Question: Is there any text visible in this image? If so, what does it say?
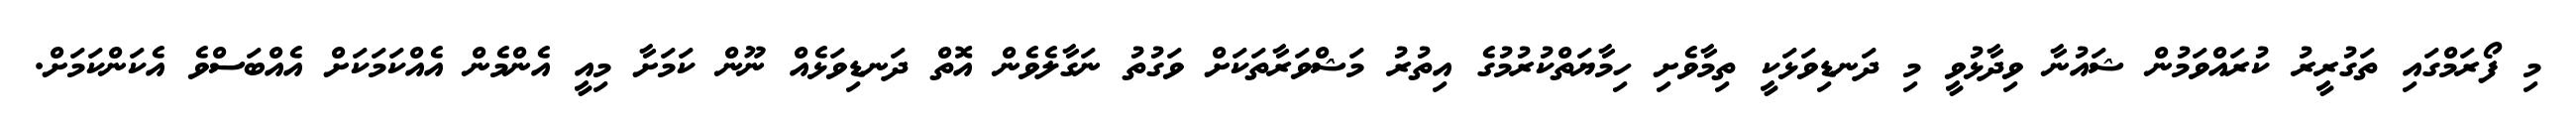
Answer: މި ފޯރަމްގައި ތަގުރީރު ކުރައްވަމުން ޝައުނާ ވިދާޅުވީ މި ދަނޑިވަޅަކީ ތިމާވެށި ހިމާޔަތްކުރުމުގެ އިތުރު މަޝްވަރާތަކަށް ވަގުތު ނަގާލެވެން އޮތް ދަނޑިވަޅެއް ނޫން ކަމަށާ މިއީ އެންމެން އެއްކަމަކަށް އެއްބަސްވެ އެކަންކަމަށް.